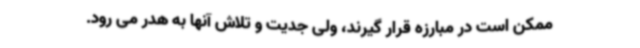
ممکن است در مبارزه قرار گیرند، ولی جدیت و تلاش آنها به هدر می رود.